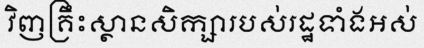
វិញគ្រឹះស្ថានសិក្សារបស់រដ្ឋទាំងអស់